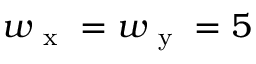
w _ { \mathrm { ~ x ~ } } = w _ { \mathrm { ~ y ~ } } = 5